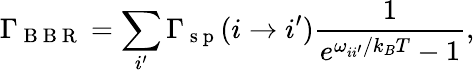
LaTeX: \Gamma_{\mathrm{~B~B~R~}}=\sum_{i^{\prime}}\Gamma_{\mathrm{~s~p~}}(i\to i^{\prime})\frac{1}{e^{\omega_{ii^{\prime}}/k_{B}T}-1},